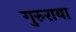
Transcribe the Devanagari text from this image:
गुरुराया